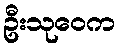
ဦးသုဝေက